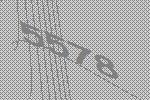
5578